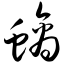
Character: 螭